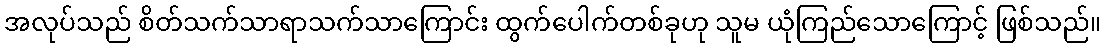
အလုပ်သည် စိတ်သက်သာရာသက်သာကြောင်း ထွက်ပေါက်တစ်ခုဟု သူမ ယုံကြည်သောကြောင့် ဖြစ်သည်။